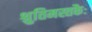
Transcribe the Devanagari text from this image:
श्रुतिमस्तकैः